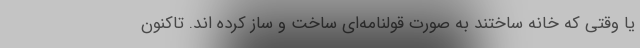
یا وقتی که خانه ساختند به صورت قولنامه‌ای ساخت و ساز کرده اند. تاکنون